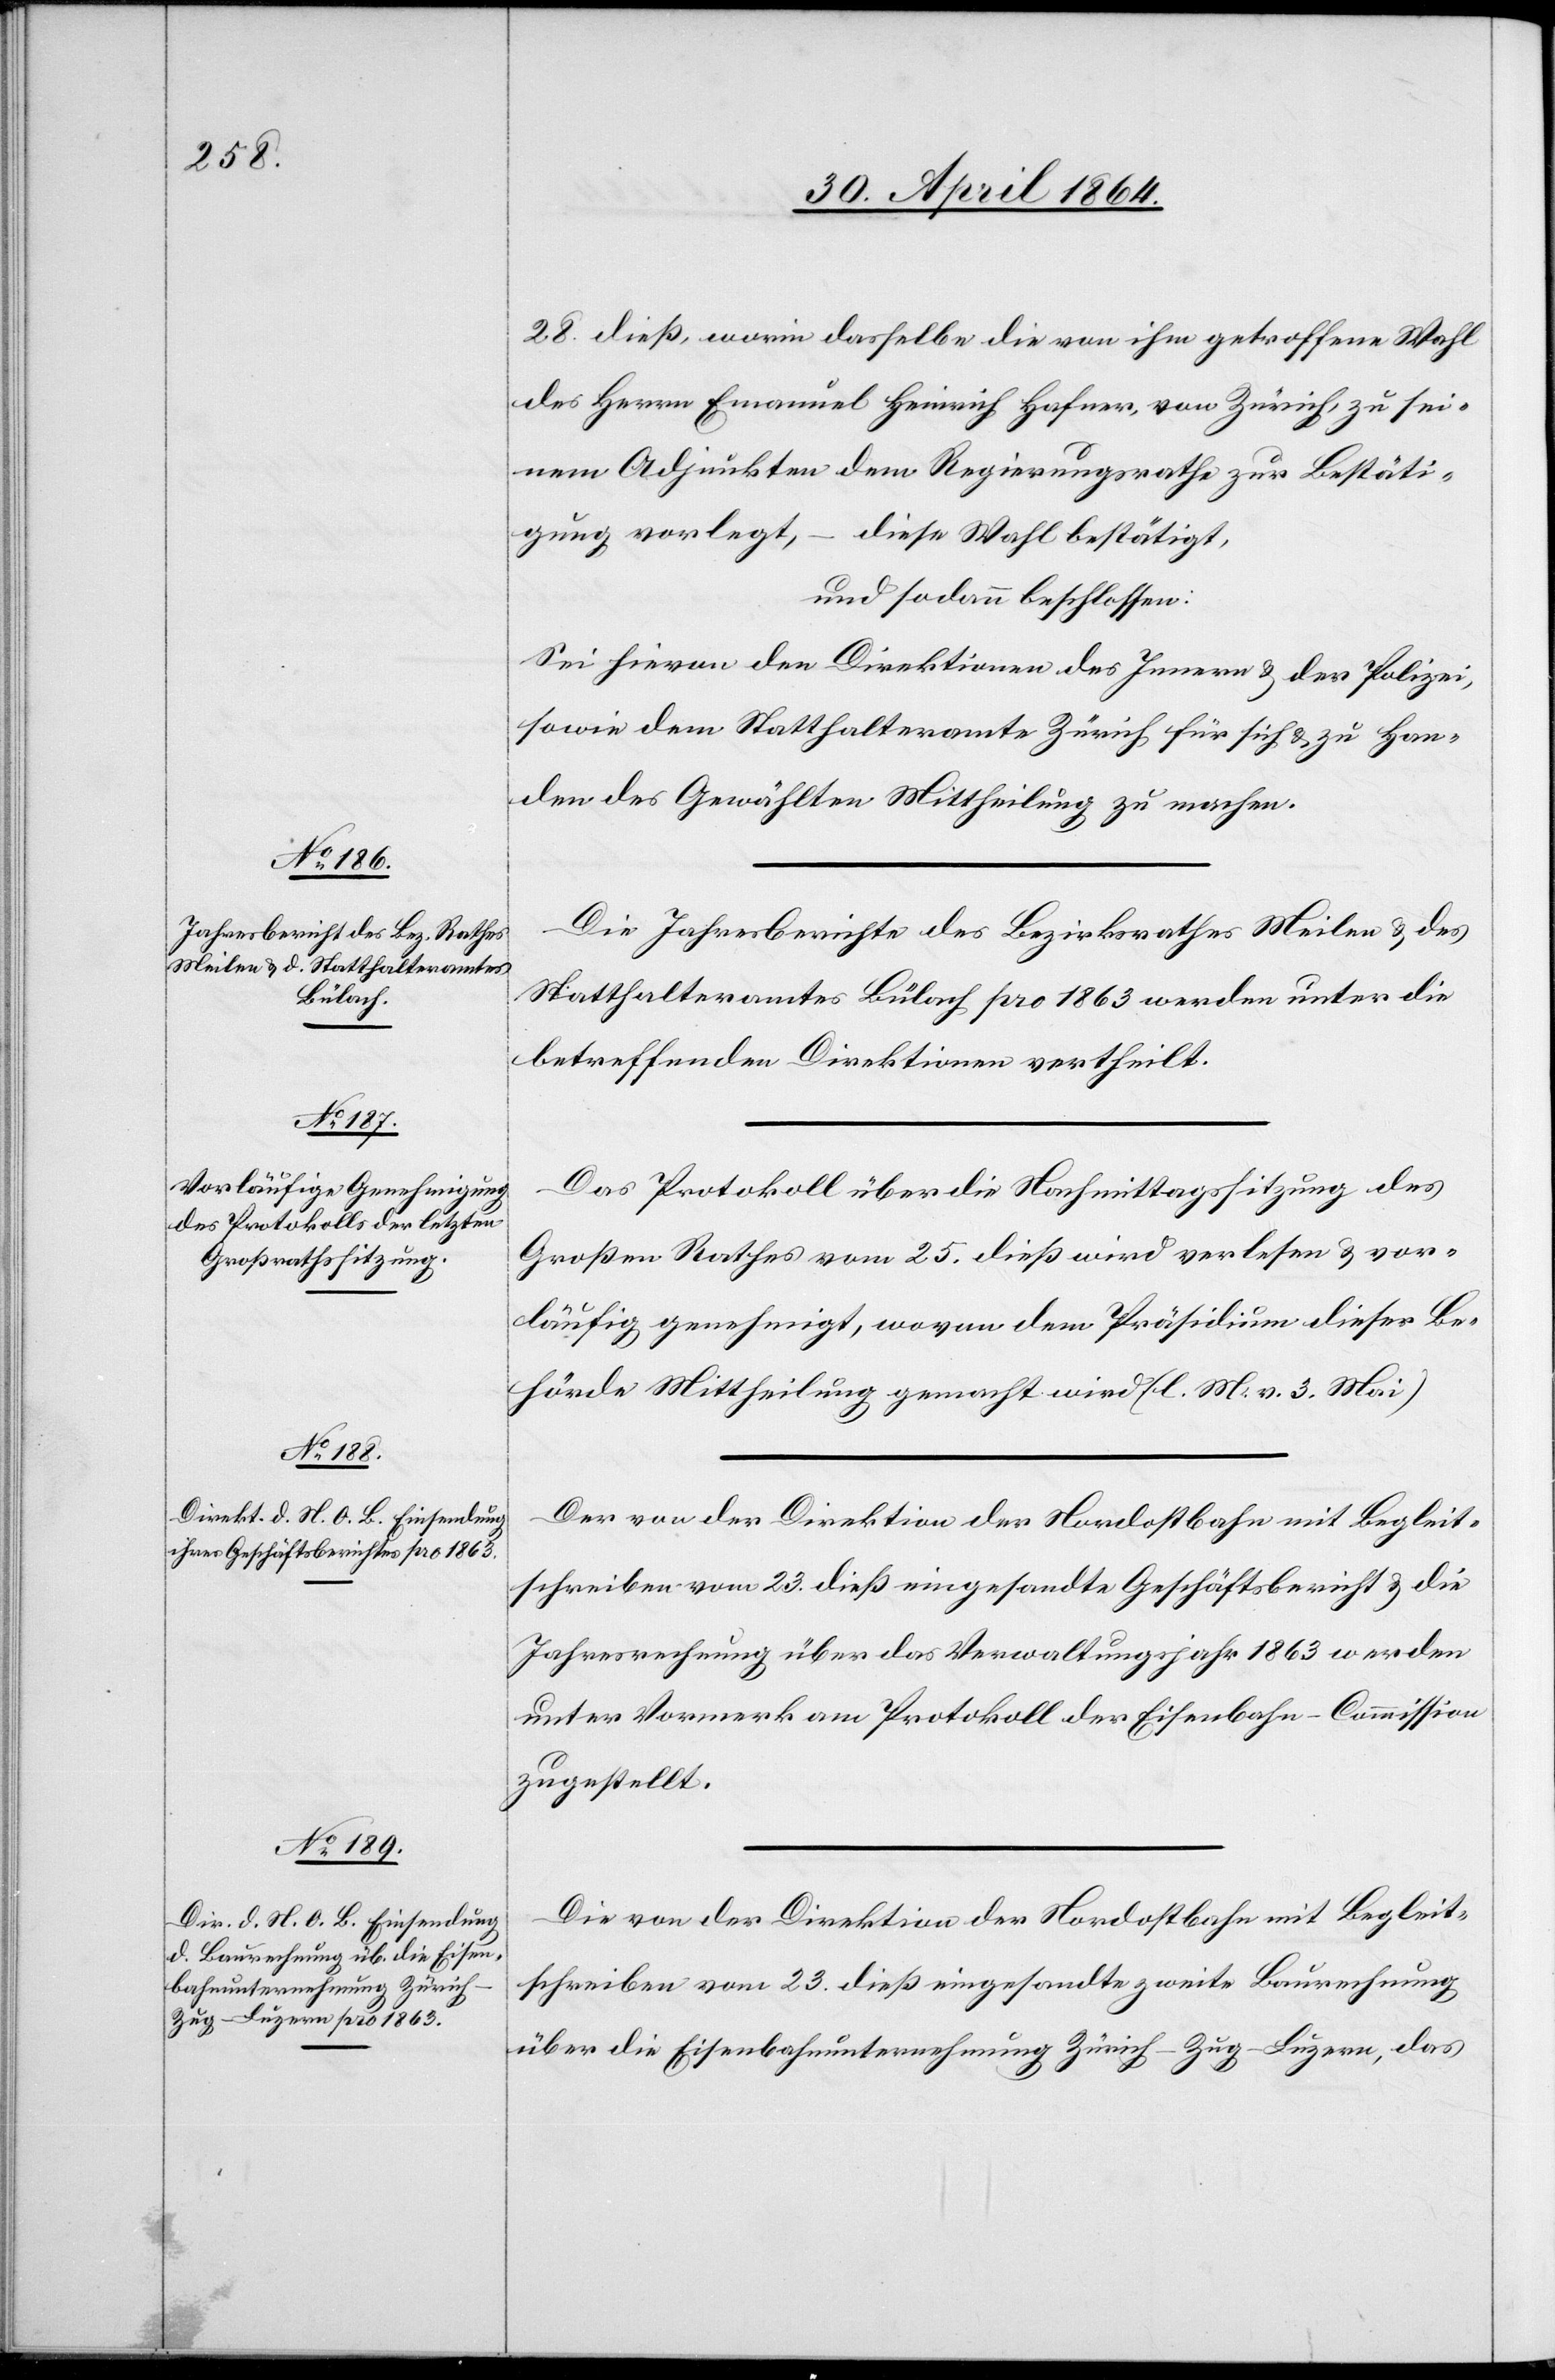
28. dieß, worin dasselbe die von ihm getroffene Wahl
des Herrn Emanuel Heinrich Hafner, von Zürich, zu sei¬
nem Adjunkten dem Regierungsrathe zur Bestäti¬
gung vorlegt, – diese Wahl bestätigt,
und sodann beschlossen:
Sei hievon den Direktionen des Innern u. der Polizei
sowie dem Statthalteramte Zürich für sich u. zu Han¬
den des Gewählten Mittheilung zu machen.
Die Jahresberichte des Bezirksrathes Meilen u. des
Statthalteramtes Bülach pro 1863 werden unter die
betreffenden Direktionen vertheilt.
Das Protokoll über die Nachmittagssitzung des
Großen Rathes vom 25. dieß wird verlesen u. vor¬
läufig genehmigt, wovon dem Präsidium dieser Be¬
hörde Mittheilung gemacht wird. (l. M. v. 3. Mai)
Der von der Direktion der Nordostbahn mit Begleit¬
schreiben vom 23. dieß eingesandte Geschäftsbericht u. die
Jahresrechnung über das Verwaltungsjahr 1863 werden
unter Vormerk am Protokoll der Eisenbahn-Commission
zugestellt.
Die von der Direktion der Nordostbahn mit Begleit¬
schreiben vom 23. dieß eingesandte zweite Baurechnung
über die Eisenbahnunternehmung Zürich–Zug–Luzern, das